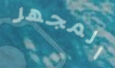
المجهر